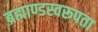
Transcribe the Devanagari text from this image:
ब्रह्माण्डस्वरूपता